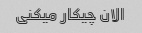
الان چیکار میکنی